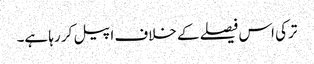
ترکی اس فیصلے کے خلاف اپیل کر رہا ہے۔